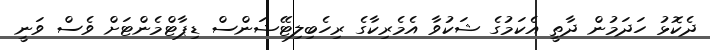
ދެކޮޅު ހަދަމުން ދާތީ އެކަމުގެ ޝަކުވާ އެމެރިކާގެ ރިހެބިލިޓޭޝަންސް ޑިޕާޓްމެންޓަށް ވެސް ވަނީ